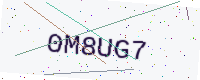
Text: 0M8UG7